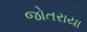
જોતરાયા